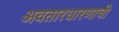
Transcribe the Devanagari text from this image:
अवतारधारणाची